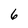
Character: 6